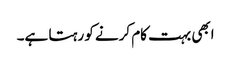
ابھی بہت کام کرنے کو رہتا ہے۔